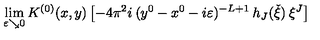
\lim _ { \varepsilon \searrow 0 } K ^ { ( 0 ) } ( x , y ) \left[ - 4 \pi ^ { 2 } i \: ( y ^ { 0 } - x ^ { 0 } - i \varepsilon ) ^ { - L + 1 } \: h _ { J } ( \check { \xi } ) \: \xi ^ { J } \right]